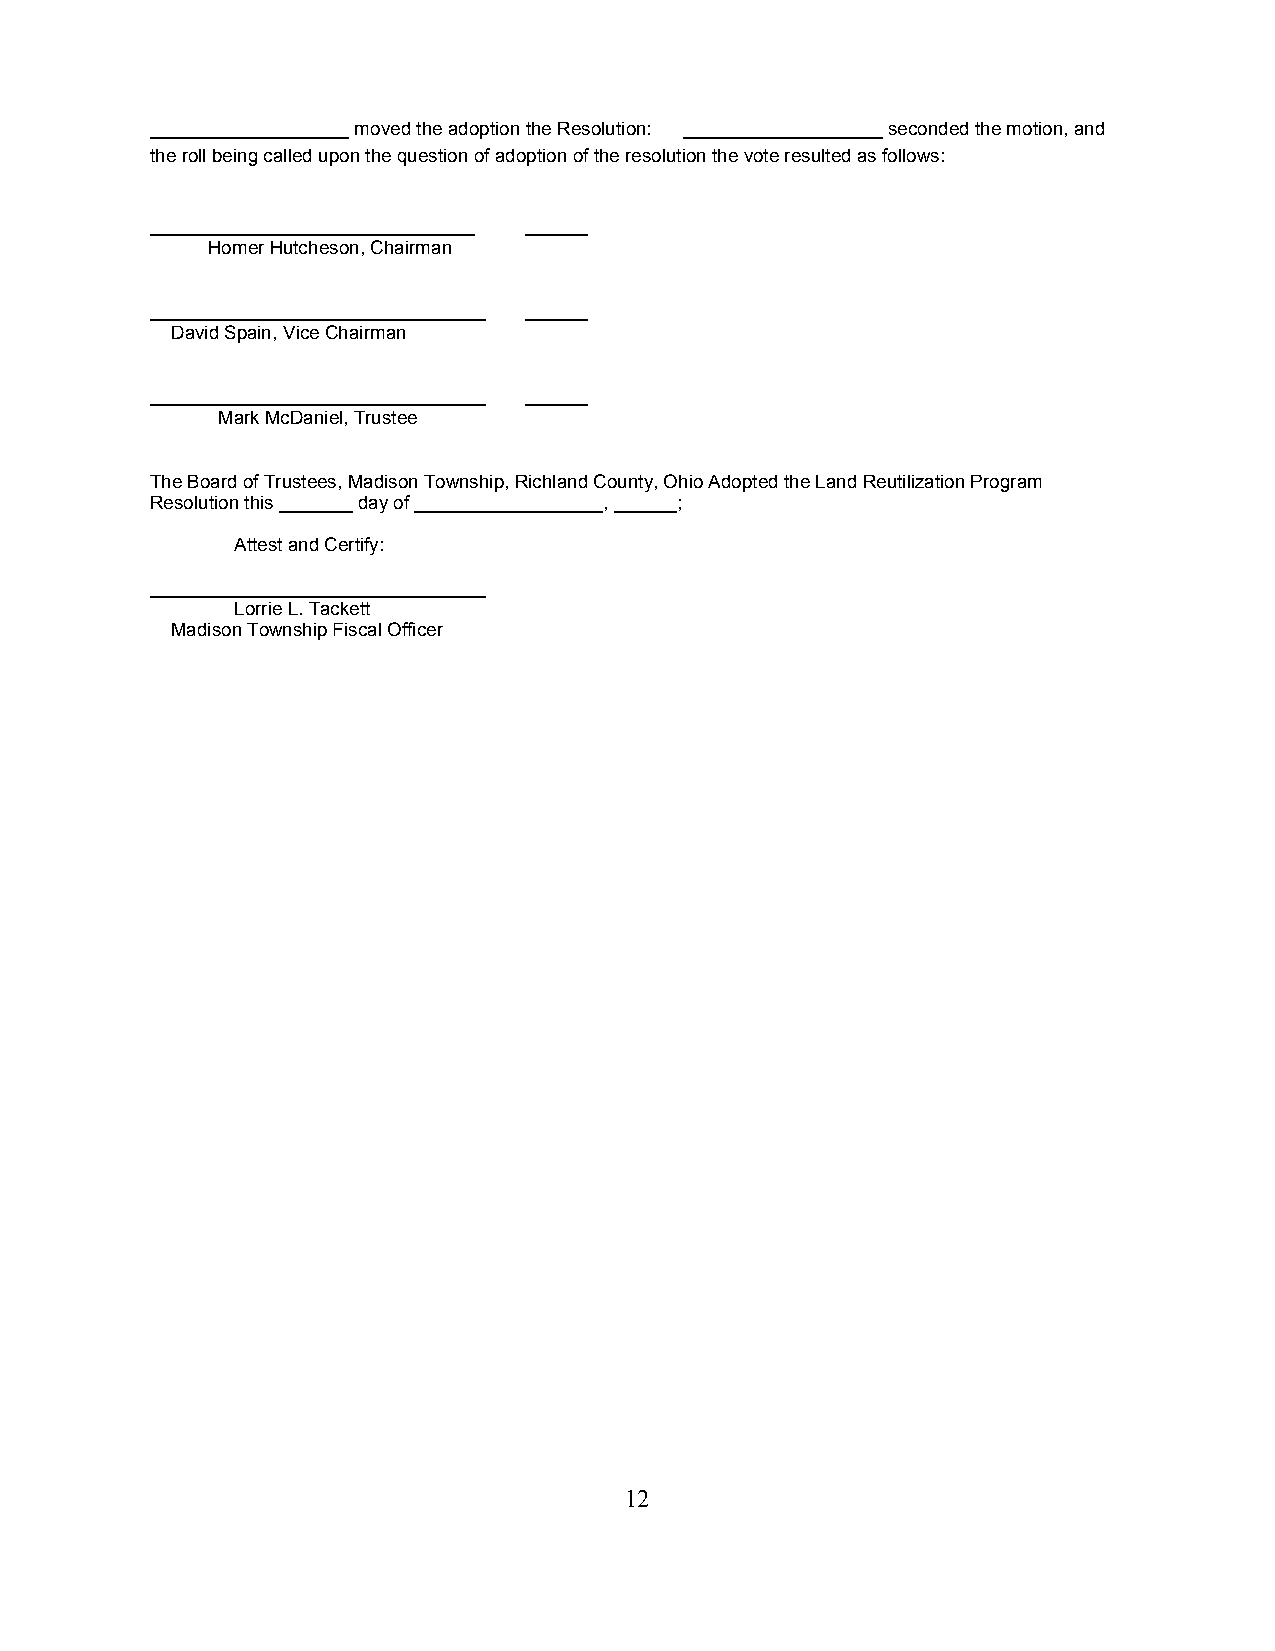
___________________ moved the adoption the Resolution: ___________________ seconded the motion, and
 the roll being called upon the question of adoption of the resolution the vote resulted as follows:
 _______________________________ ______
 Homer Hutcheson, Chairman
 ________________________________ ______
 David Spain, Vice Chairman
 ________________________________ ______
 Mark McDaniel, Trustee
 The Board of Trustees, Madison Township, Richland County, Ohio Adopted the Land Reutilization Program
 Resolution this _______ day of __________________, ______;
 Attest and Certify:
 ________________________________
 Lorrie L. Tackett
 Madison Township Fiscal Officer
 12